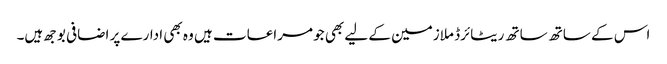
اس کے ساتھ ساتھ ریٹائرڈ ملازمین کے لیے بھی جو مراعات ہیں وہ بھی ادارے پر اضافی بوجھ ہیں۔